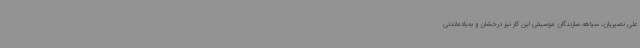
علی نصیریان، سیاهه سازندگان موسیقی این کار نیز درخشان و به‌یادماندنی